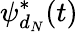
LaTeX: \psi_{d_{N}}^{*}(t)